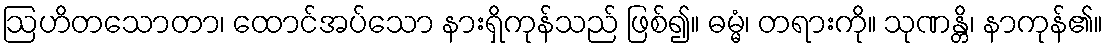
ဩဟိတသောတာ၊ ထောင်အပ်သော နားရှိကုန်သည် ဖြစ်၍။ ဓမ္မံ၊ တရားကို။ သုဏန္တိ၊ နာကုန်၏။